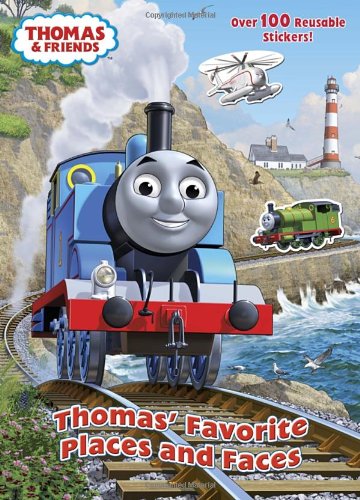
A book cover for Thomas' Favorite Places and Faces (Thomas & Friends) (Reusable Sticker Book); Rev. W. Awdry; Children's Books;